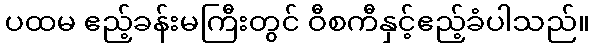
ပထမ ဧည့်ခန်းမကြီးတွင် ဝီစကီနှင့်ဧည့်ခံပါသည်။